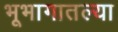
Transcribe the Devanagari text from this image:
भूभागातल्या